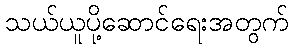
သယ်ယူပို့ဆောင်ရေးအတွက်